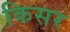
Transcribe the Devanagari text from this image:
किसर